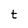
Character: t